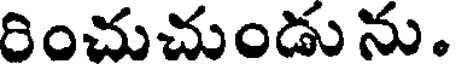
రించుచుండు ను.